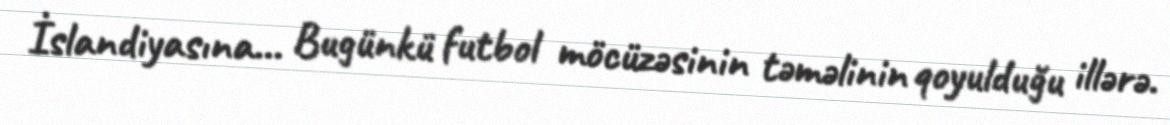
İslandiyasına… Bugünkü futbol möcüzəsinin təməlinin qoyulduğu illərə.